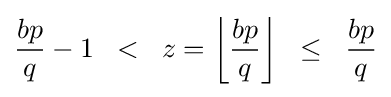
{\frac {bp}{q}}-1\;\;<\;\;z=\left\lfloor {\frac {bp}{q}}\right\rfloor \;\;\leq \;\;{\frac {bp}{q}}